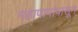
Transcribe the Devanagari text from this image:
महापापांपासून